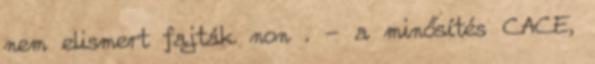
nem elismert fajták non . - a minősítés CACE,